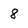
Character: 8